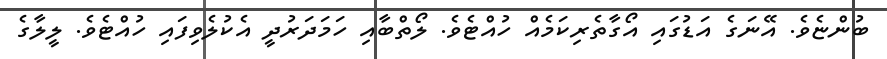
ބުންޏެވެ. އޭނަގެ އަޑުގައި އޯގާތެރިކަމެއް ހުއްޓެވެ. ލޯތްބާއި ހަމަދަރުދީ އެކުލެވިފައި ހުއްޓެވެ. ލީލާގެ